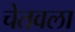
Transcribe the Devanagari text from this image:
चेतवला